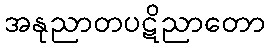
အနုညာတပဋိညာတော